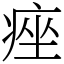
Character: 痤